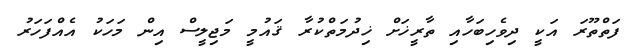
ފަތްތޫރަ އަކީ ދިވެހިބަހާއި ތާރީޚަށް ޚިދުމަތްކުރާ ޤައުމީ މަޖިލީސް އިން މަހަކު އެއްފަހަރު